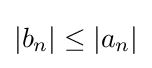
|b_{n}|\leq |a_{n}|